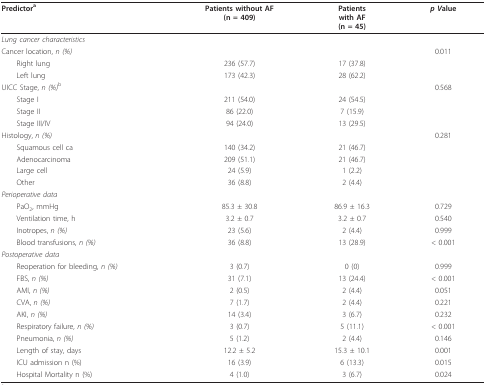
<table><thead><tr><td><b>Predictor<sup>a</sup></b></td><td><b>Patients without AF(n = 409)</b></td><td><b>Patientswith AF (n = 45)</b></td><td><b><i>p V</i>alue</b></td></tr></thead><tbody><tr><td><i>Lung cancer characteristics </i></td><td></td><td></td><td></td></tr><tr><td>Cancer location, <i>n (%)</i></td><td></td><td></td><td>0.011</td></tr><tr><td> Right lung</td><td>236 (57.7)</td><td>17 (37.8)</td><td></td></tr><tr><td> Left lung</td><td>173 (42.3)</td><td>28 (62.2)</td><td></td></tr><tr><td>UICC Stage, <i>n (%)</i><sup>b</sup></td><td></td><td></td><td>0.568</td></tr><tr><td> Stage I</td><td>211 (54.0)</td><td>24 (54.5)</td><td></td></tr><tr><td> Stage II</td><td>86 (22.0)</td><td>7 (15.9)</td><td></td></tr><tr><td> Stage III/IV</td><td>94 (24.0)</td><td>13 (29.5)</td><td></td></tr><tr><td>Histology, <i>n (%)</i></td><td></td><td></td><td>0.281</td></tr><tr><td> Squamous cell ca</td><td>140 (34.2)</td><td>21 (46.7)</td><td></td></tr><tr><td> Adenocarcinoma</td><td>209 (51.1)</td><td>21 (46.7)</td><td></td></tr><tr><td> Large cell</td><td>24 (5.9)</td><td>1 (2.2)</td><td></td></tr><tr><td> Other</td><td>36 (8.8)</td><td>2 (4.4)</td><td></td></tr><tr><td><i>Perioperative data</i></td><td></td><td></td><td></td></tr><tr><td> PaO<sub>2</sub>, mmHg</td><td>85.3 ± 30.8</td><td>86.9 ± 16.3</td><td>0.729</td></tr><tr><td> Ventilation time, h</td><td>3.2 ± 0.7</td><td>3.2 ± 0.7</td><td>0.540</td></tr><tr><td> Inotropes, <i>n (%)</i></td><td>23 (5.6)</td><td>2 (4.4)</td><td>0.999</td></tr><tr><td> Blood transfusions, <i>n (%)</i></td><td>36 (8.8)</td><td>13 (28.9)</td><td>&lt; 0.001</td></tr><tr><td><i>Postoperative data</i></td><td></td><td></td><td></td></tr><tr><td> Reoperation for bleeding, <i>n (%)</i></td><td>3 (0.7)</td><td>0 (0)</td><td>0.999</td></tr><tr><td> FBS, <i>n (%)</i></td><td>31 (7.1)</td><td>13 (24.4)</td><td>&lt; 0.001</td></tr><tr><td> AMI, <i>n (%)</i></td><td>2 (0.5)</td><td>2 (4.4)</td><td>0.051</td></tr><tr><td> CVA, <i>n (%)</i></td><td>7 (1.7)</td><td>2 (4.4)</td><td>0.221</td></tr><tr><td> AKI, <i>n (%)</i></td><td>14 (3.4)</td><td>3 (6.7)</td><td>0.232</td></tr><tr><td> Respiratory failure, <i>n (%)</i></td><td>3 (0.7)</td><td>5 (11.1)</td><td>&lt; 0.001</td></tr><tr><td> Pneumonia, <i>n (%)</i></td><td>5 (1.2)</td><td>2 (4.4)</td><td>0.146</td></tr><tr><td> Length of stay, days</td><td>12.2 ± 5.2</td><td>15.3 ± 10.1</td><td>0.001</td></tr><tr><td> ICU admission n (%)</td><td>16 (3.9)</td><td>6 (13.3)</td><td>0.015</td></tr><tr><td> Hospital Mortality n (%)</td><td>4 (1.0)</td><td>3 (6.7)</td><td>0.024</td></tr></tbody></table>